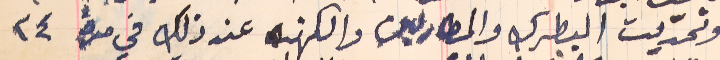
وتحدّيت البطرك والمطارين والكهنه عند ذلك في مدة ٢٤